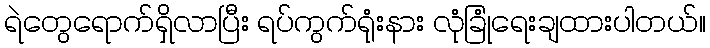
ရဲတွေရောက်ရှိလာပြီး ရပ်ကွက်ရုံးနား လုံခြုံရေးချထားပါတယ်။